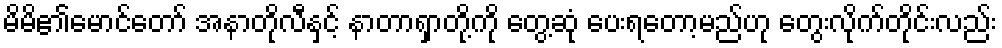
မိမိ၏မောင်တော် အနာတိုလီနှင့် နာတာရှာတို့ကို တွေ့ဆုံ ပေးရတော့မည်ဟု တွေးလိုက်တိုင်းလည်း